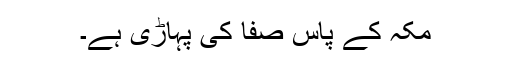
مکہ کے پاس صفا کی پہاڑی ہے۔